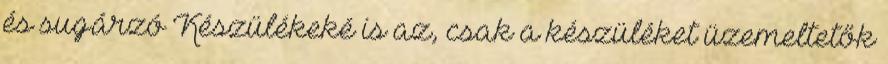
és sugárzó Készülékeké is az, csak a készüléket üzemeltetők